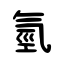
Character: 氫